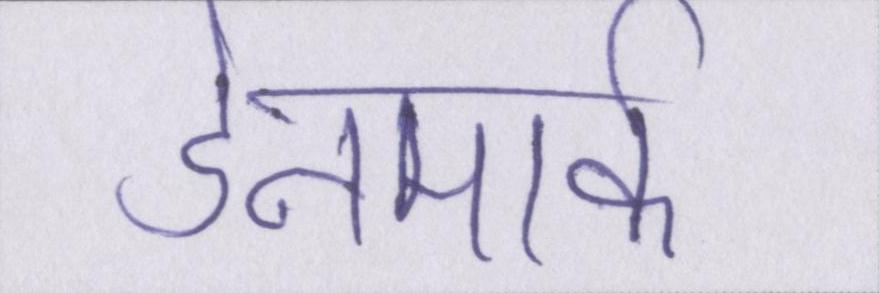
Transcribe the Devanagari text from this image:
डेनमार्क